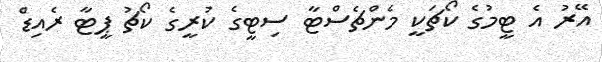
އޭރު އެ ޓީމުގެ ކޯޗަކީ މެންޗެސްޓާ ސިޓީގެ ކުރީގެ ކޯޗު ޕީޓާ ރެއިޑް